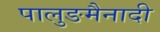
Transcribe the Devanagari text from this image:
पालुङमैनादी